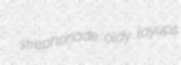
strephonade oldy layups